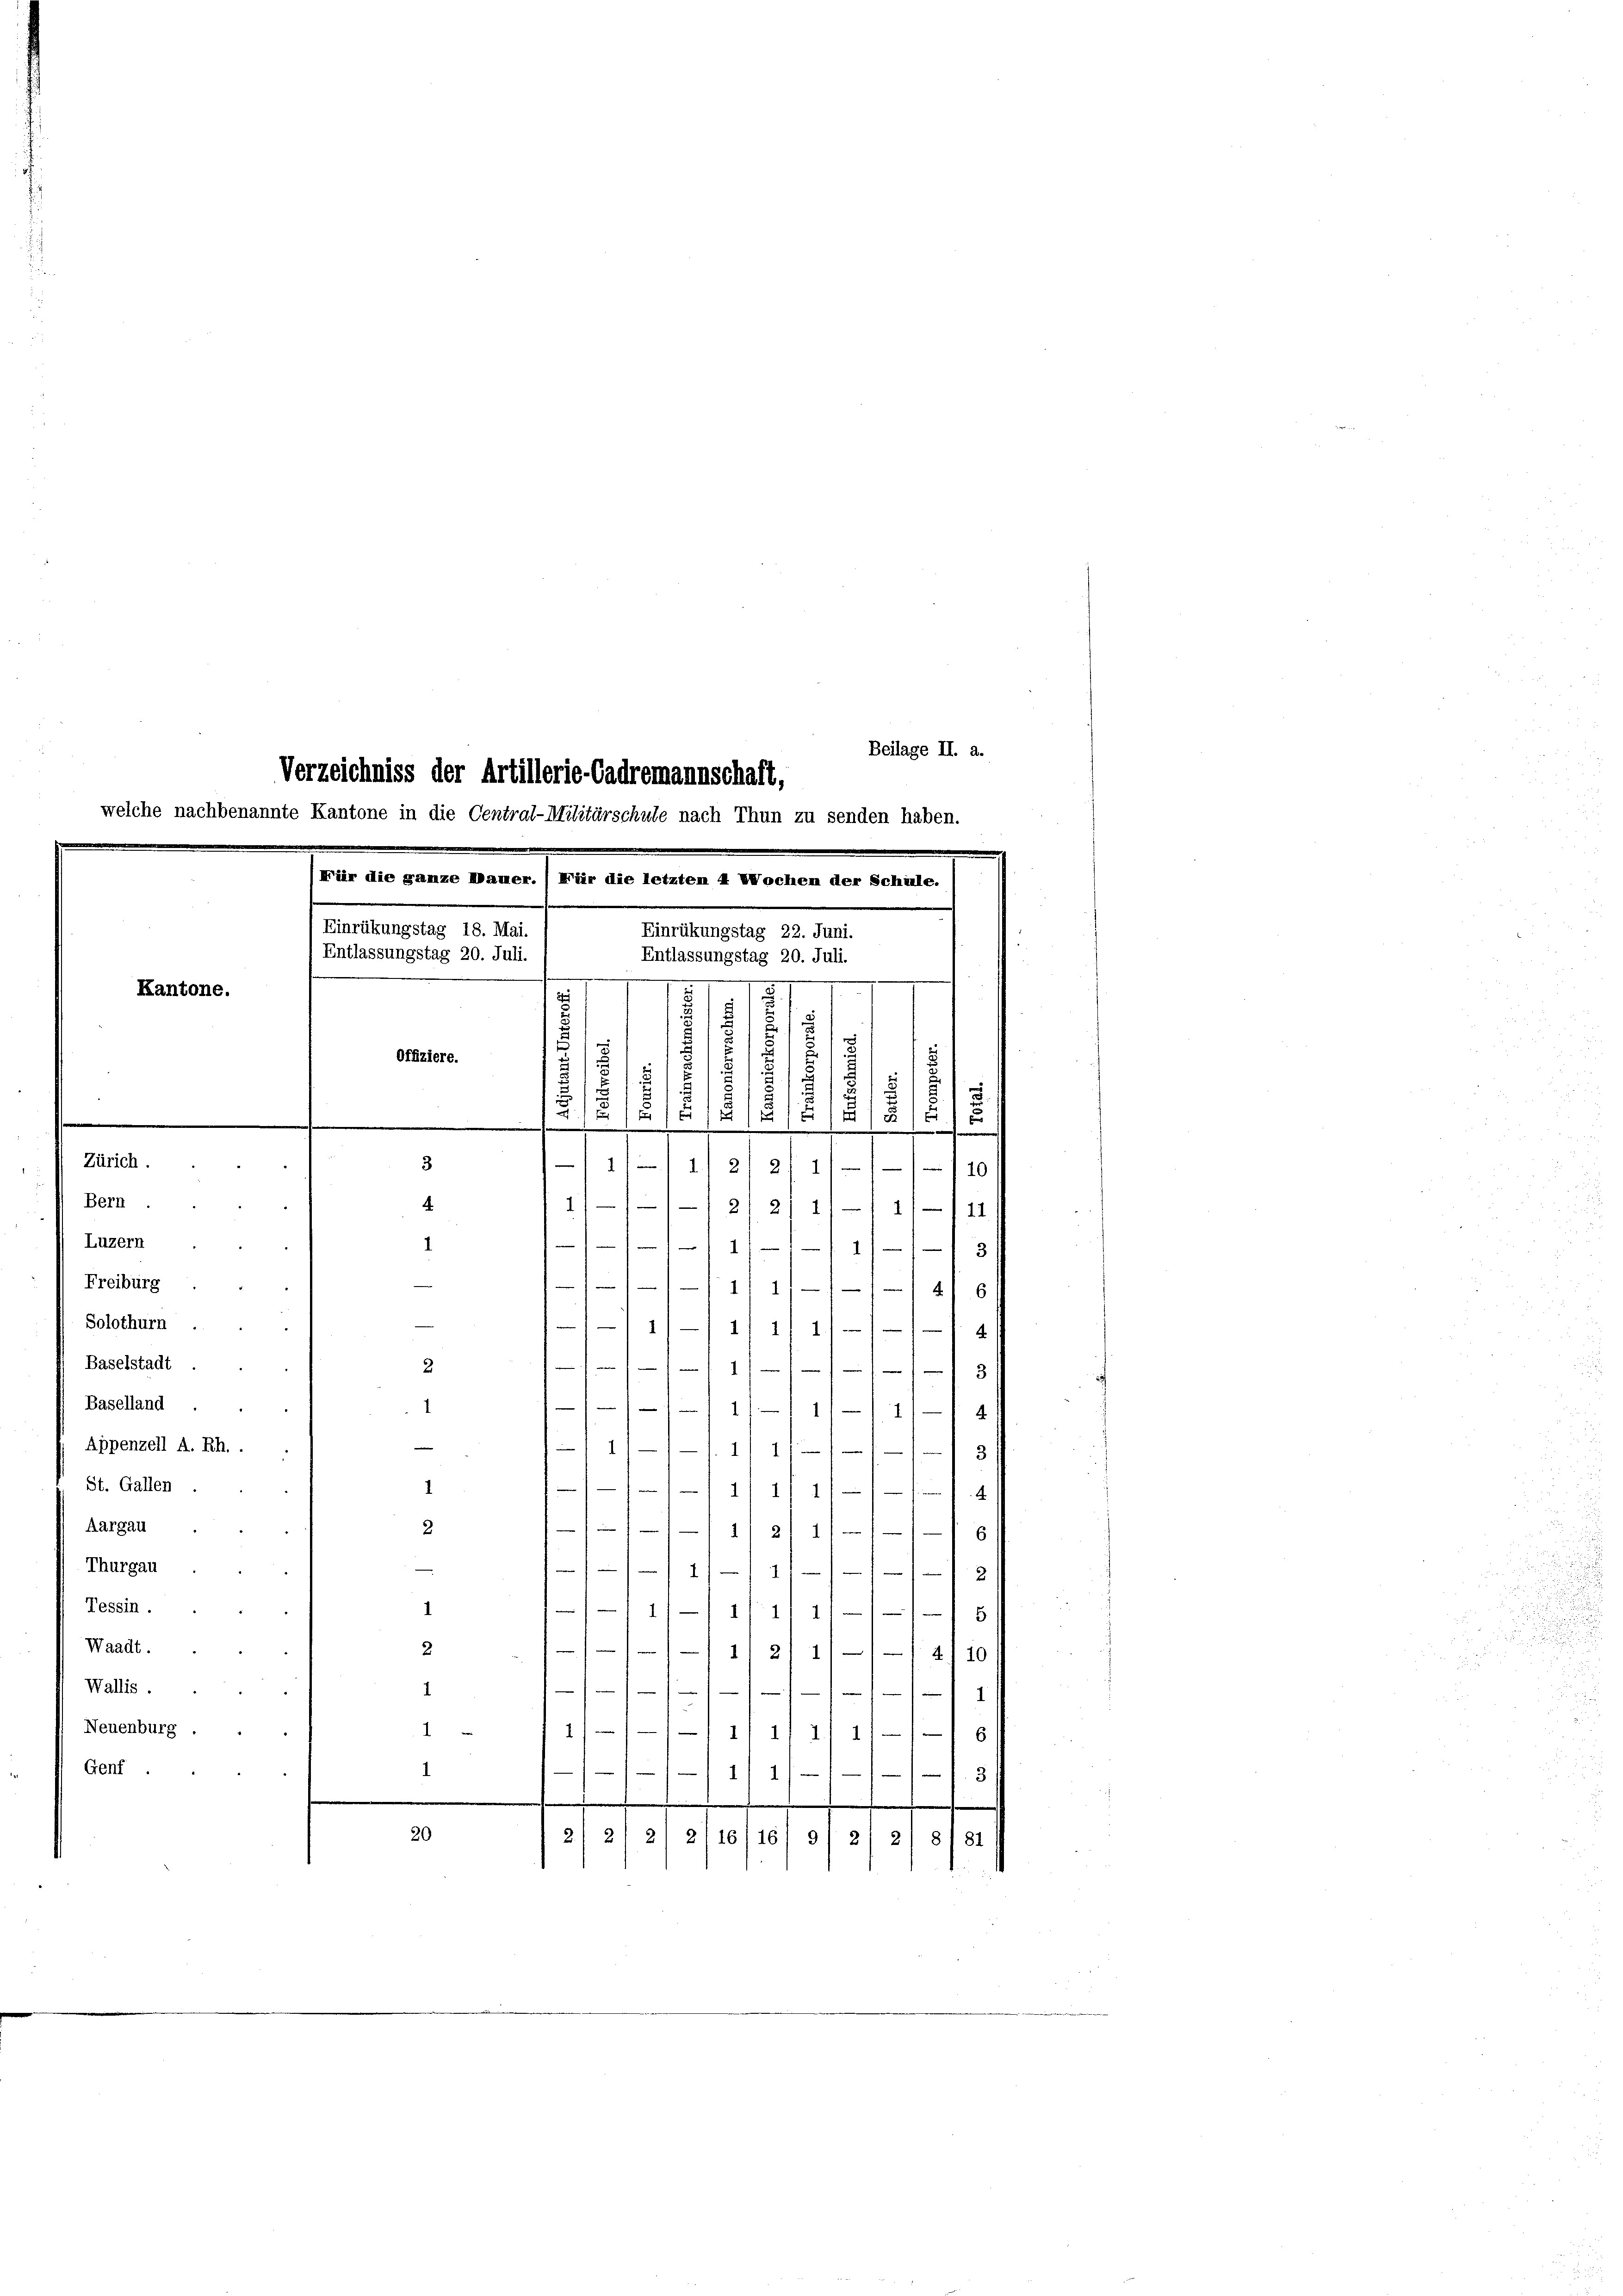
Beilage II. a.
Verzeichniss der Artillerie-Cadremannschaft,
elche nachbenannte Kantone in die Central-Militärschule nach Thun zu senden haben.

Kantone.

Baselland
Appenzell A. Rh..
St. Gallen
Aargau
Thurgau
Tessin.
Waadt.
Wallis.
Neuenburg .
Genf.

Für die ganze Mauer.) Für die letzten 4 Wochen der Schile.
Einrükungstag 18. Mai.
Einrükungstag 22. Juni.
Entlassungstag 20. Juli.
Entlassungstag 20. Juli.
.
1
a
.
i
8
1
.
5
Offiziere.
u
.
u
5
s
2/8
2
¬

12

1
.
.
Zürich.
.
3
10
2
Bern
4
11—11-1 21 2/ 1/1 11—111
Luzern
1
3
11
Freiburg
111/12. 6
Solothurn
1412 f 2
Baselstadt
2
13

1
.
11—4
e
11 1
8
1
1/11
4
2
1/11 21 1111/6

f
11/11/12
.
2
111 21 2111 2/10
1
1
4
1
6
1—11/ 1/ II 117
3
20
21 21 21 2116/16/ 9/ 21 2) 8131